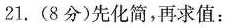
21.(8分)先化简，再求值：